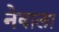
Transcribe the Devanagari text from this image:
नेवाला